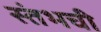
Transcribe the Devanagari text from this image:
स्तंभची